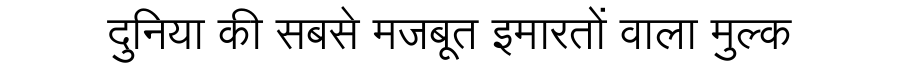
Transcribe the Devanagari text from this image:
दुनिया की सबसे मजबूत इमारतों वाला मुल्क